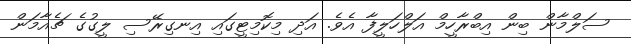
ސަލްމާން ބިން އިބްރާހީމް އަލްހަލީފާ އެވެ. އަދި މިކޮމިޓީގައި އިނގިރޭސި ލީގުގެ ޗެއާމަން